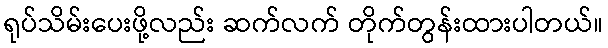
ရုပ်သိမ်းပေးဖို့လည်း ဆက်လက် တိုက်တွန်းထားပါတယ်။